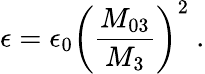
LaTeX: \epsilon=\epsilon_{0}\left(\frac{M_{03}}{M_{3}}\right)^{2}~.